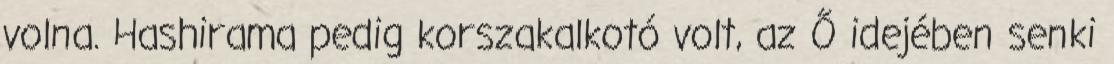
volna. Hashirama pedig korszakalkotó volt, az Ő idejében senki